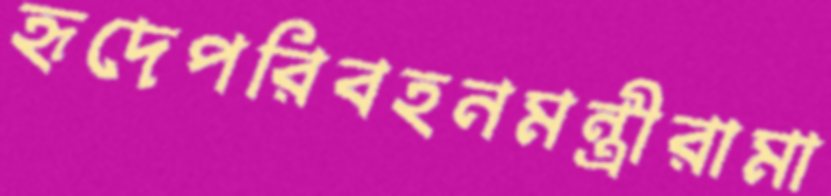
হৃদেপরিবহনমন্ত্রীরামা